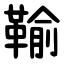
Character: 䩱